Rangoon Lunatic Asylum 1878-1892 - 1878-1892
Year: 1878
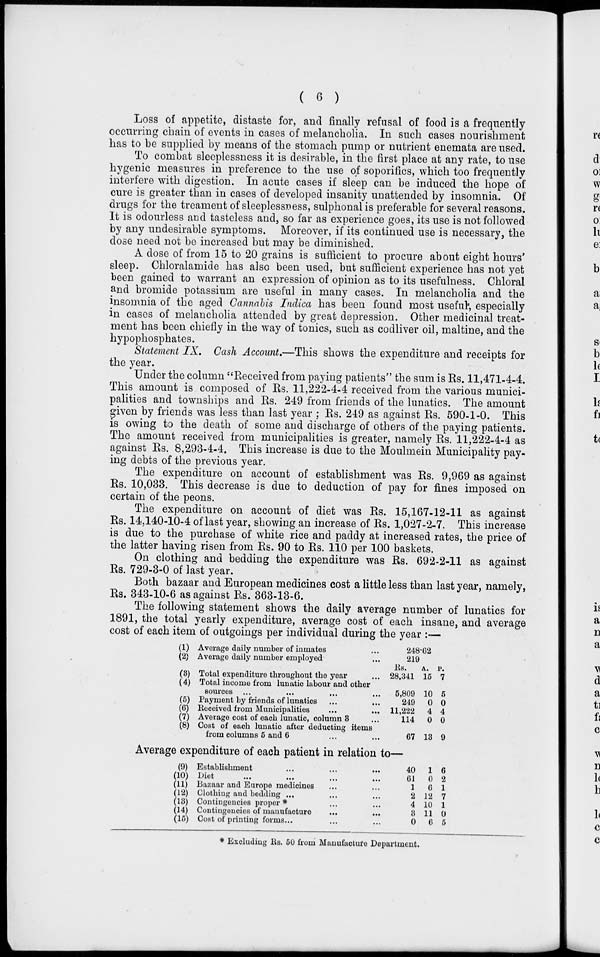
( 6 )
Loss of appetite, distaste for, and finally refusal of food is a frequently
occurring chain of events in cases of melancholia. In such cases nourishment
has to be supplied by means of the stomach pump or nutrient enemata are used.
To combat sleeplessness it is desirable, in the first place at any rate, to use
hygenic measures in preference to the use of soporifics, which too frequently
interfere with digestion. In acute cases if sleep can be induced the hope of
cure is greater than in cases of developed insanity unattended by insomnia. Of
drugs for the treament of sleeplessness, sulphonal is preferable for several reasons.
It is odourless and tasteless and, so far as experience goes, its use is not followed
by any undesirable symptoms. Moreover, if its continued use is necessary, the
dose need not be increased but may be diminished.
A dose of from 15 to 20 grains is sufficient to procure about eight hours'
sleep. Chloralamide has also been used, but sufficient experience has not yet
been gained to warrant an expression of opinion as to its usefulness. Chloral
and bromide potassium are useful in many cases. In melancholia and the
insomnia of the aged Cannabis Indica has been found most useful, especially
in cases of melancholia attended by great depression. Other medicinal treat-
ment has been chiefly in the way of tonics, such as codliver oil, maltine, and the
hypophosphates.
Statement IX. Cash Account.—This shows the expenditure and receipts for
the year.
Under the column "Received from paying patients" the sum is Rs. 11,471-4-4.
This amount is composed of Rs. 11,222-4-4 received from the various munici-
palities and townships and Rs. 249 from friends of the lunatics. The amount
given by friends was less than last year ; Rs. 249 as against Rs. 590-1-0. This
is owing to the death of some and discharge of others of the paying patients.
The amount received from municipalities is greater, namely Rs. 11,222-4-4 as
against Rs. 8,293-4-4. This increase is due to the Moulmein Municipality pay-
ing debts of the previous year.
The expenditure on account of establishment was Rs. 9,969 as against
Rs. 10,033. This decrease is due to deduction of pay for fines imposed on
certain of the peons.
The expenditure on account of diet was Rs. 15,167-12-11 as against
Rs. 14,140-10-4 of last year, showing an increase of Rs. 1,027-2-7. This increase
is due to the purchase of white rice and paddy at increased rates, the price of
the latter having risen from Rs. 90 to Rs. 110 per 100 baskets.
On clothing and bedding the expenditure was Rs. 692-2-11 as against
Rs. 729-3-0 of last year.
Both bazaar and European medicines cost a little less than last year, namely,
Rs. 343-10-6 as against Rs. 363-13-6.
The following statement shows the daily average number of lunatics for
1891, the total yearly expenditure, average cost of each insane, and average
cost of each item of outgoings per individual during the year :—
(1)
(2)
Average daily number of inmates ...
Average daily number employed ...
(3)
(4)
(5)
(6)
(7)
(8)
Total expenditure throughout the year ...
Total income from lunatic labour and other
sources ... ... ... ...
Payment by friends of lunatics ... ...
Received from Municipalities
...
...
Average cost of each lunatic, column 3 ...
Cost of each lunatic after deducting items
from columns 5 and 6 ... ...
248.62
219
Rs.
28,341
5,809
249
11,222
114
67
A.
15
10
0
4
0
13
P.
7
5
0
4
0
9
Average expenditure of each patient in relation to—
(9)
(10)
(11)
(12)
(13)
(14)
(15)
Establishment ... ... ...
Diet ... ... ... ...
Bazaar and Europe medicines ... ...
Clothing and bedding ... ... ...
Contingencies proper* ... ...
Contingencies of manufacture ... ...
Cost of printing forms... ... ...
40
61
1
2
4
3
0
1
0
6
12
10
11
6
6
2
1
7
1
0
5
* Excluding Rs. 50 from Manufacture Department.